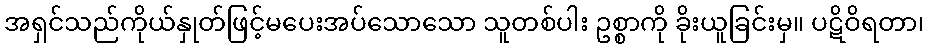
အရှင်သည်ကိုယ်နှုတ်ဖြင့်မပေးအပ်သောသော သူတစ်ပါး ဥစ္စာကို ခိုးယူခြင်းမှ။ ပဋိဝိရတာ၊